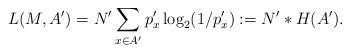
LaTeX: \begin{align*}L(M,A')= N' \sum_{x \in A'} p'_x \log_2 (1/p'_x) := N' * H(A'). \end{align*}